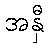
အနှီ